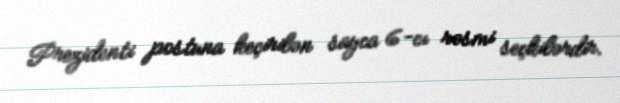
Prezidenti postuna keçirilən sayca 6-cı rəsmi seçkilərdir.